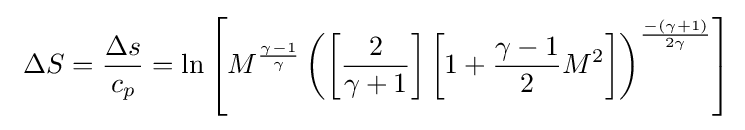
\ \Delta S={\frac {\Delta s}{c_{p}}}=\ln \left[M^{\frac {\gamma -1}{\gamma }}\left(\left[{\frac {2}{\gamma +1}}\right]\left[1+{\frac {\gamma -1}{2}}M^{2}\right]\right)^{\frac {-(\gamma +1)}{2\gamma }}\right]